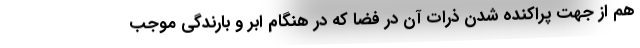
هم از جهت پراکنده شدن ذرات آن در فضا که در هنگام ابر و بارندگی موجب